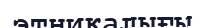
этникалығы